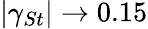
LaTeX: |\gamma_{St}|\rightarrow 0.15